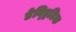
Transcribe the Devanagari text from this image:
डेन्ड्रिटिक